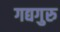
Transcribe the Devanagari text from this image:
गद्यगुरु